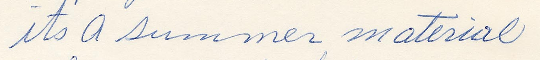
its a summer material